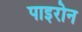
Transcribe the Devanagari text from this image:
पाइरोन